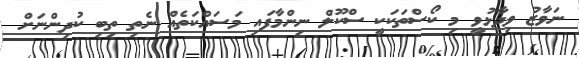
ނަވާޒު ވިދާޅުވީ މި ކޯސްތަކަކީ ސްކޫލް ނިންމާފައި މަސައްކަތެއް ނެތި ތިބި ކުދިންނަށް